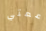
عمتي